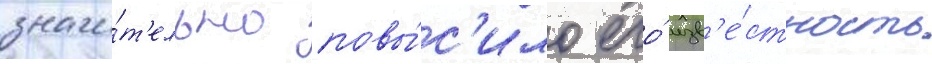
значи́т'ельно повы́с'ило его́ изв'е́стность